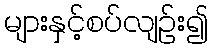
များနှင့်စပ်လျဉ်း၍